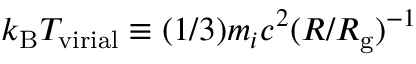
k _ { \mathrm { B } } T _ { \mathrm { v i r i a l } } \equiv ( 1 / 3 ) m _ { i } c ^ { 2 } ( R / R _ { \mathrm { g } } ) ^ { - 1 }